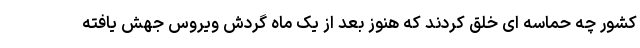
کشور چه حماسه ای خلق کردند که هنوز بعد از یک ماه گردش ویروس جهش یافته